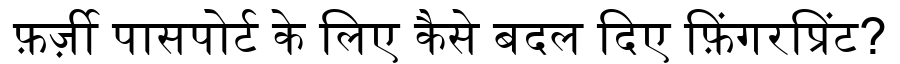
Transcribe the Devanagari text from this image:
फ़र्ज़ी पासपोर्ट के लिए कैसे बदल दिए फ़िंगरप्रिंट?